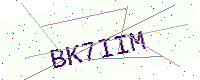
Text: BK7IIM